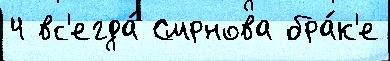
4 вс'егда́ Смрнова бра́к'е